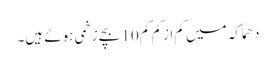
دھماکہ میں کم ازکم کم 10 بچے زخمی ہوئے ہیں۔